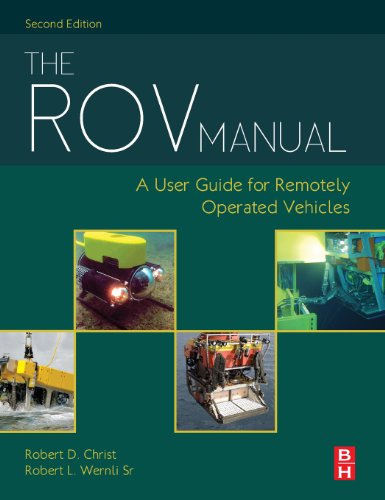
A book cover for The ROV Manual, Second Edition: A User Guide for Remotely Operated Vehicles; Robert D Christ; Engineering & Transportation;